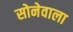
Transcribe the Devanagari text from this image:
सोनेवाला